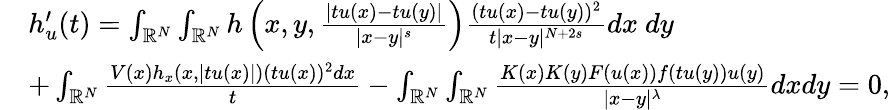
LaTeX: \begin{array}{rl}&{h_{u}^{\prime}(t)=\int_{{\mathbb R}^{N}}\int_{{\mathbb R}^{N}}h\left(x,y,\frac{|tu(x)-tu(y)|}{|x-y|^{s}}\right)\frac{(tu(x)-tu(y))^{2}}{t|x-y|^{N+2s}}dx\ dy}\\ &{+\int_{{\mathbb R}^{N}}\frac{V(x)h_{x}(x,|tu(x)|)(tu(x))^{2}dx}{t}-\int_{{\mathbb R}^{N}}\int_{{\mathbb R}^{N}}\frac{K(x)K(y)F(u(x))f(tu(y))u(y)}{|x-y|^{\lambda}}dxdy=0,}\end{array}